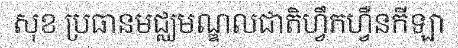
សុខ ប្រធានមជ្ឈមណ្ឌលជាតិហ្វឹកហ្វឺនកីឡា